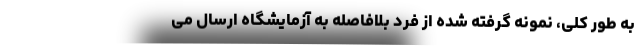
به طور کلی، نمونه گرفته شده از فرد بلافاصله به آزمایشگاه ارسال می